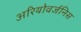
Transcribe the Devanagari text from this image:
अरियोवर्जनिस